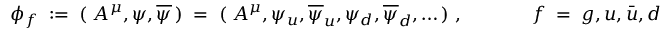
\phi _ { f } \; : = \; ( \; A ^ { \mu } , \psi , \overline { { { \psi } } } \, ) \; = \; ( \; A ^ { \mu } , \psi _ { u } , \overline { { { \psi } } } _ { u } , \psi _ { d } , \overline { { { \psi } } } _ { d } , \ldots \, ) \; , \; \; \; \; \; \; \; \; \; \; \; \; \; f \; = \; g , u , \bar { u } , d , \bar { d } , \ldots \; .